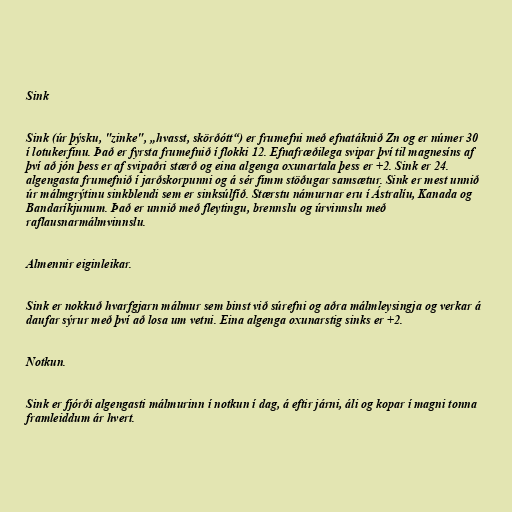
Sink

Sink (úr þýsku, "zinke", „hvasst, skörðótt“) er frumefni með efnatáknið Zn og er númer 30
í lotukerfinu. Það er fyrsta frumefnið í flokki 12. Efnafræðilega svipar því til magnesíns af
því að jón þess er af svipaðri stærð og eina algenga oxunartala þess er +2. Sink er 24.
algengasta frumefnið í jarðskorpunni og á sér fimm stöðugar samsætur. Sink er mest unnið
úr málmgrýtinu sinkblendi sem er sinksúlfíð. Stærstu námurnar eru í Ástralíu, Kanada og
Bandaríkjunum. Það er unnið með fleytingu, brennslu og úrvinnslu með
raflausnarmálmvinnslu.

Almennir eiginleikar.

Sink er nokkuð hvarfgjarn málmur sem binst við súrefni og aðra málmleysingja og verkar á
daufar sýrur með því að losa um vetni. Eina algenga oxunarstig sinks er +2.

Notkun.

Sink er fjórði algengasti málmurinn í notkun í dag, á eftir járni, áli og kopar í magni tonna
framleiddum ár hvert.